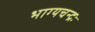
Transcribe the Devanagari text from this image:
भाग्यचन्द्रः